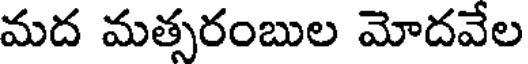
మద మత్సరంబుల మోదవేల